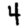
Digit: 4